Etiology and epidemiology of plague
Disease focus: Plague
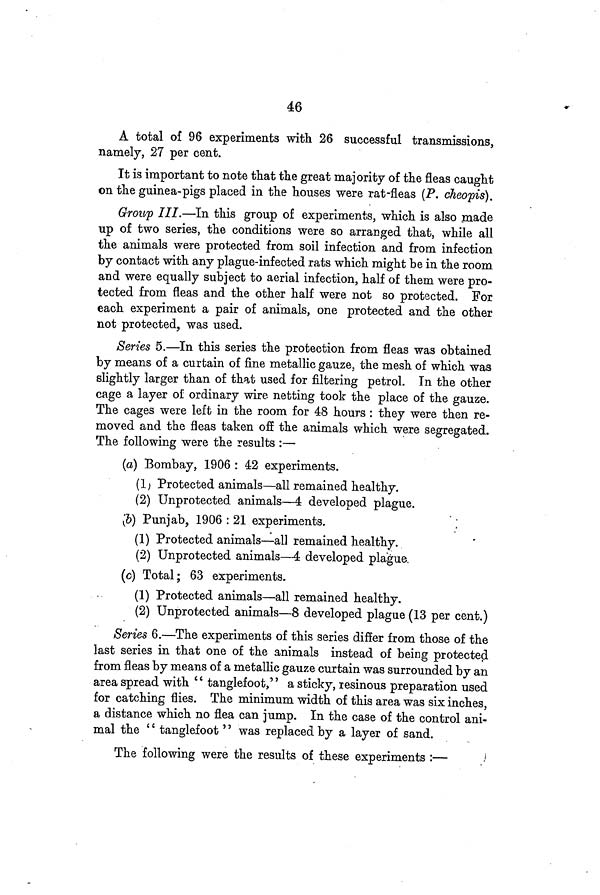
46
A total of 96 experiments with 26 successful transmissions,
namely, 27 per cent.
It is important to note that the great majority of the fleas caught
on the guinea-pigs placed in the houses were rat-fleas (P. cheopis).
Group III.—In this group of experiments, which is also made
up of two series, the conditions were so arranged that, while all
the animals were protected from soil infection and from infection
by contact with any plague-infected rats which might be in the room
and were equally subject to aerial infection, half of them were pro-
tected from fleas and the other half were not so protected. For
each experiment a pair of animals, one protected and the other
not protected, was used.
Series 5.—In this series the protection from fleas was obtained
by means of a curtain of fine metallic gauze, the mesh of which was
slightly larger than of that used for filtering petrol. In the other
cage a layer of ordinary wire netting took the place of the gauze.
The cages were left in the room for 48 hours : they were then re-
moved and the fleas taken off the animals which were segregated.
The following were the results :—
(a) Bombay, 1906 : 42 experiments.
(1) Protected animals—all remained healthy.
(2) Unprotected animals—4 developed plague.
(b) Punjab, 1906 : 21 experiments.
(1) Protected animals—all remained healthy.
(2) Unprotected animals—4 developed plague.
(c) Total; 63 experiments.
(1) Protected animals—all remained healthy.
(2) Unprotected animals—8 developed plague (13 per cent.)
Series 6.—The experiments of this series differ from those of the
last series in that one of the animals instead of being protected
from fleas by means of a metallic gauze curtain was surrounded by an
area spread with " tanglefoot,'' a sticky, resinous preparation used
for catching flies. The minimum width of this area was six inches,
a distance which no flea can jump. In the case of the control ani-
mal the '' tanglefoot " was replaced by a layer of sand.
The following were the results of these experiments
:—